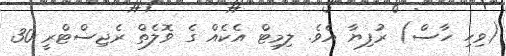
(ވިހި ހާސް) ރުފިޔާ އެވެ. ލިމިޓް އެކެއް ގެ ވޮލެތް ރެޖިސްޓްރީ 30